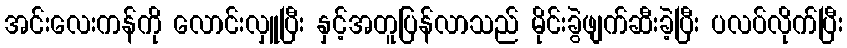
အင်းလေးကန်ကို လောင်းလှူပြီး နှင့်အတူပြန်လာသည် မိုင်းခွဲဖျက်ဆီးခဲ့ပြီး ပလပ်လိုက်ပြီး